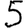
Digit: 5